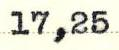
17,25